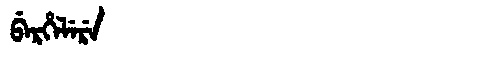
Manchu: ᠪᡝᡵᡥᡝᠯᡝᡵᡝ
Romanization: BERHELERE